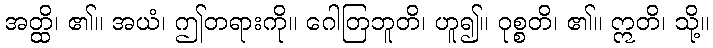
အတ္ထိ၊ ၏။ အယံ၊ ဤတရားကို။ ဂေါတြဘူတိ၊ ဟူ၍။ ဝုစ္စတိ၊ ၏။ ဣတိ၊ သို့။